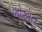
ભોકોત